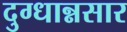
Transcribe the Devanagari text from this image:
दुग्धान्नसार